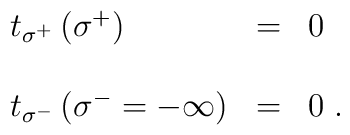
\begin{array}{lcl}t_{\sigma^+}\left(\sigma^+\right)&=&0\\\\t_{\sigma^-}\left(\sigma^-=-\infty\right)&=&0\;.\end{array}